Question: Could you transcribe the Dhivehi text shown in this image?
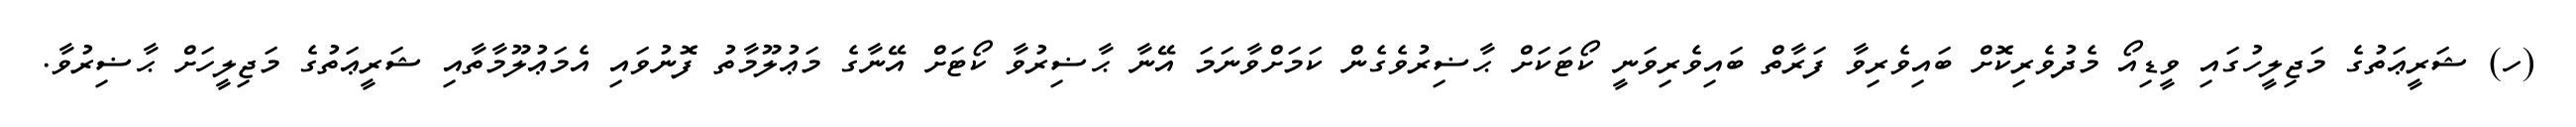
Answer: (ހ) ޝަރީޢަތުގެ މަޖިލީހުގައި ވީޑިއޯ މެދުވެރިކޮށް ބައިވެރިވާ ފަރާތް ބައިވެރިވަނީ ކޯޓަކަށް ޙާޟިރުވެގެން ކަމަށްވާނަމަ އޭނާ ޙާޟިރުވާ ކޯޓަށް އޭނާގެ މަޢުލޫމާތު ފޮނުވައި އެމަޢުލޫމާތާއި ޝަރީޢަތުގެ މަޖިލީހަށް ޙާޟިރުވާ.